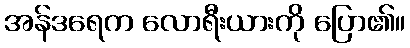
အန်ဒရေက လောရီးယားကို ပြော၏။